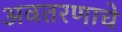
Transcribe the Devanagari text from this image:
अवतरणाचे